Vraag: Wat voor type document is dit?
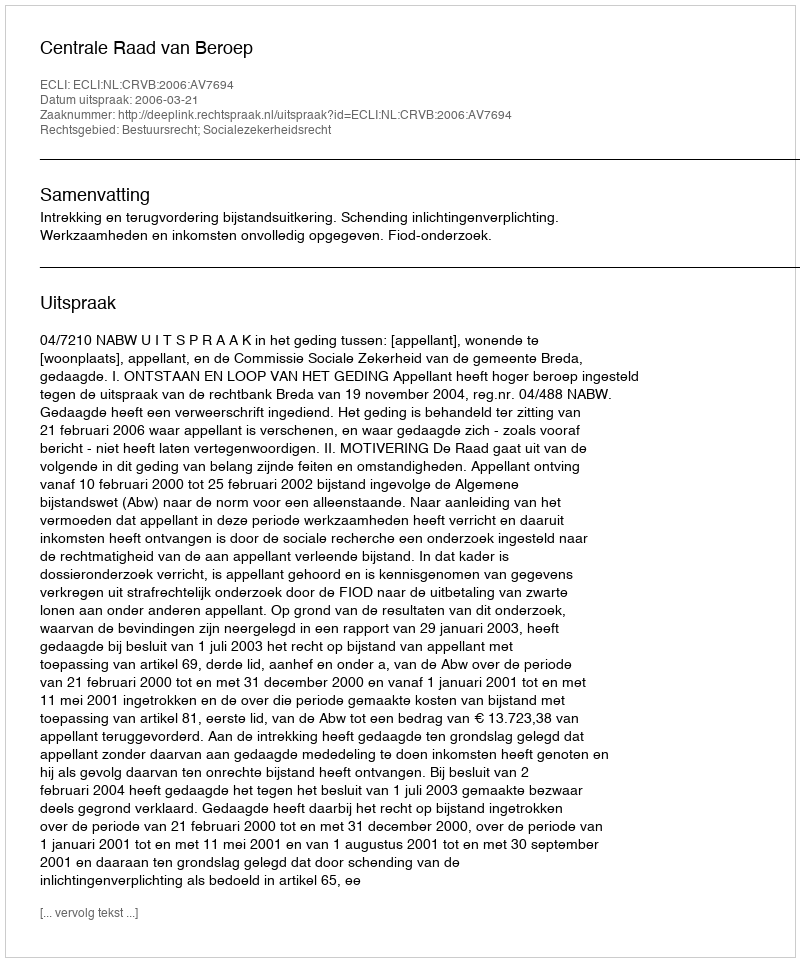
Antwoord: Uitspraak